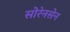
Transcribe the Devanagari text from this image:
सोरेनसेन